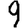
Digit: 9